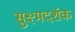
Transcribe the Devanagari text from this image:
सुक्ष्मदर्शक